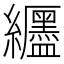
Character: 𫄖